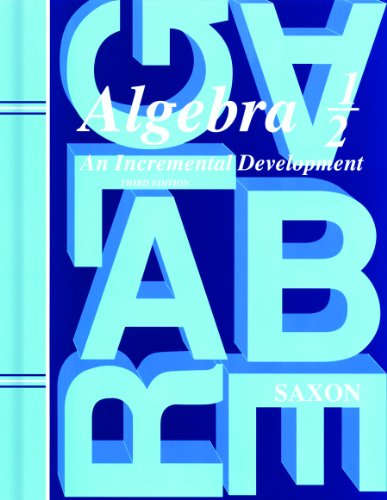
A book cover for Saxon Algebra 1/2, 3rd Edition: Student Edition 2004; John H. Saxon Jr.; Teen & Young Adult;